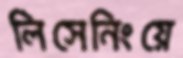
লিসেনিংয়ে